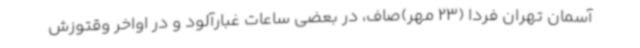
آسمان تهران فردا (23 مهر)صاف، در بعضی ساعات غبارآلود و در اواخر وقتوزش